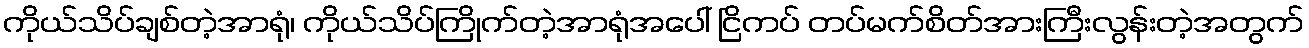
ကိုယ်သိပ်ချစ်တဲ့အာရုံ၊ ကိုယ်သိပ်ကြိုက်တဲ့အာရုံအပေါ် ငြိကပ် တပ်မက်စိတ်အားကြီးလွန်းတဲ့အတွက်